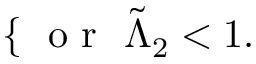
\left\{ \begin{array} { r l } \end{array} \right. \mathrm { ~ o ~ r ~ } \ \tilde { \Lambda } _ { 2 } < 1 .